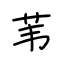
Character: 苇